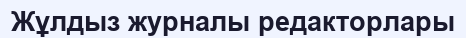
Жұлдыз журналы редакторлары